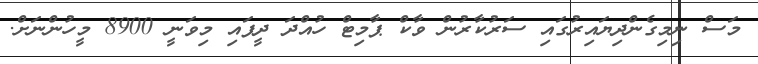
މަސް ނިމިގެންދިޔައިރުގައި ސަރުކާރުން ވާކް ޕާމިޓް ހުއްދަ ދީފައި މިވަނީ 8900 މީހުންނަށް.